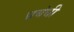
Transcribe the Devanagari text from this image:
प्रबंधी